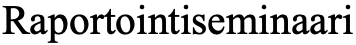
Raportointiseminaari